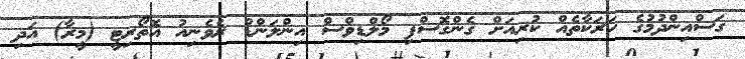
ގަސްއިންދުމުގެ ހަރަކާތެއް ކުރިއަށް ގެންގޮސްފި މޯލްޑިވްސް އިންލަންޑް ރެވެނިއު އޮތޯރިޓީ (މީރާ) އަދި